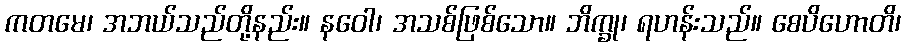
ကတမေ၊ အဘယ်သည်တို့နည်း။ နဝေါ၊ အသစ်ဖြစ်သော။ ဘိက္ခု၊ ရဟန်းသည်။ စေပိဟောတိ၊